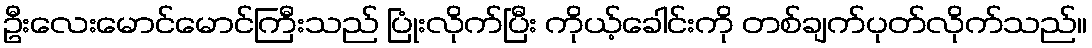
ဦးလေးမောင်မောင်ကြီးသည် ပြုံးလိုက်ပြီး ကိုယ့်ခေါင်းကို တစ်ချက်ပုတ်လိုက်သည်။